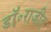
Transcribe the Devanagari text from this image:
डॉ॰राजीव